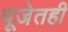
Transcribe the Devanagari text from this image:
पूजेतही